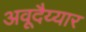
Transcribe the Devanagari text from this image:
अवूदैय्यार